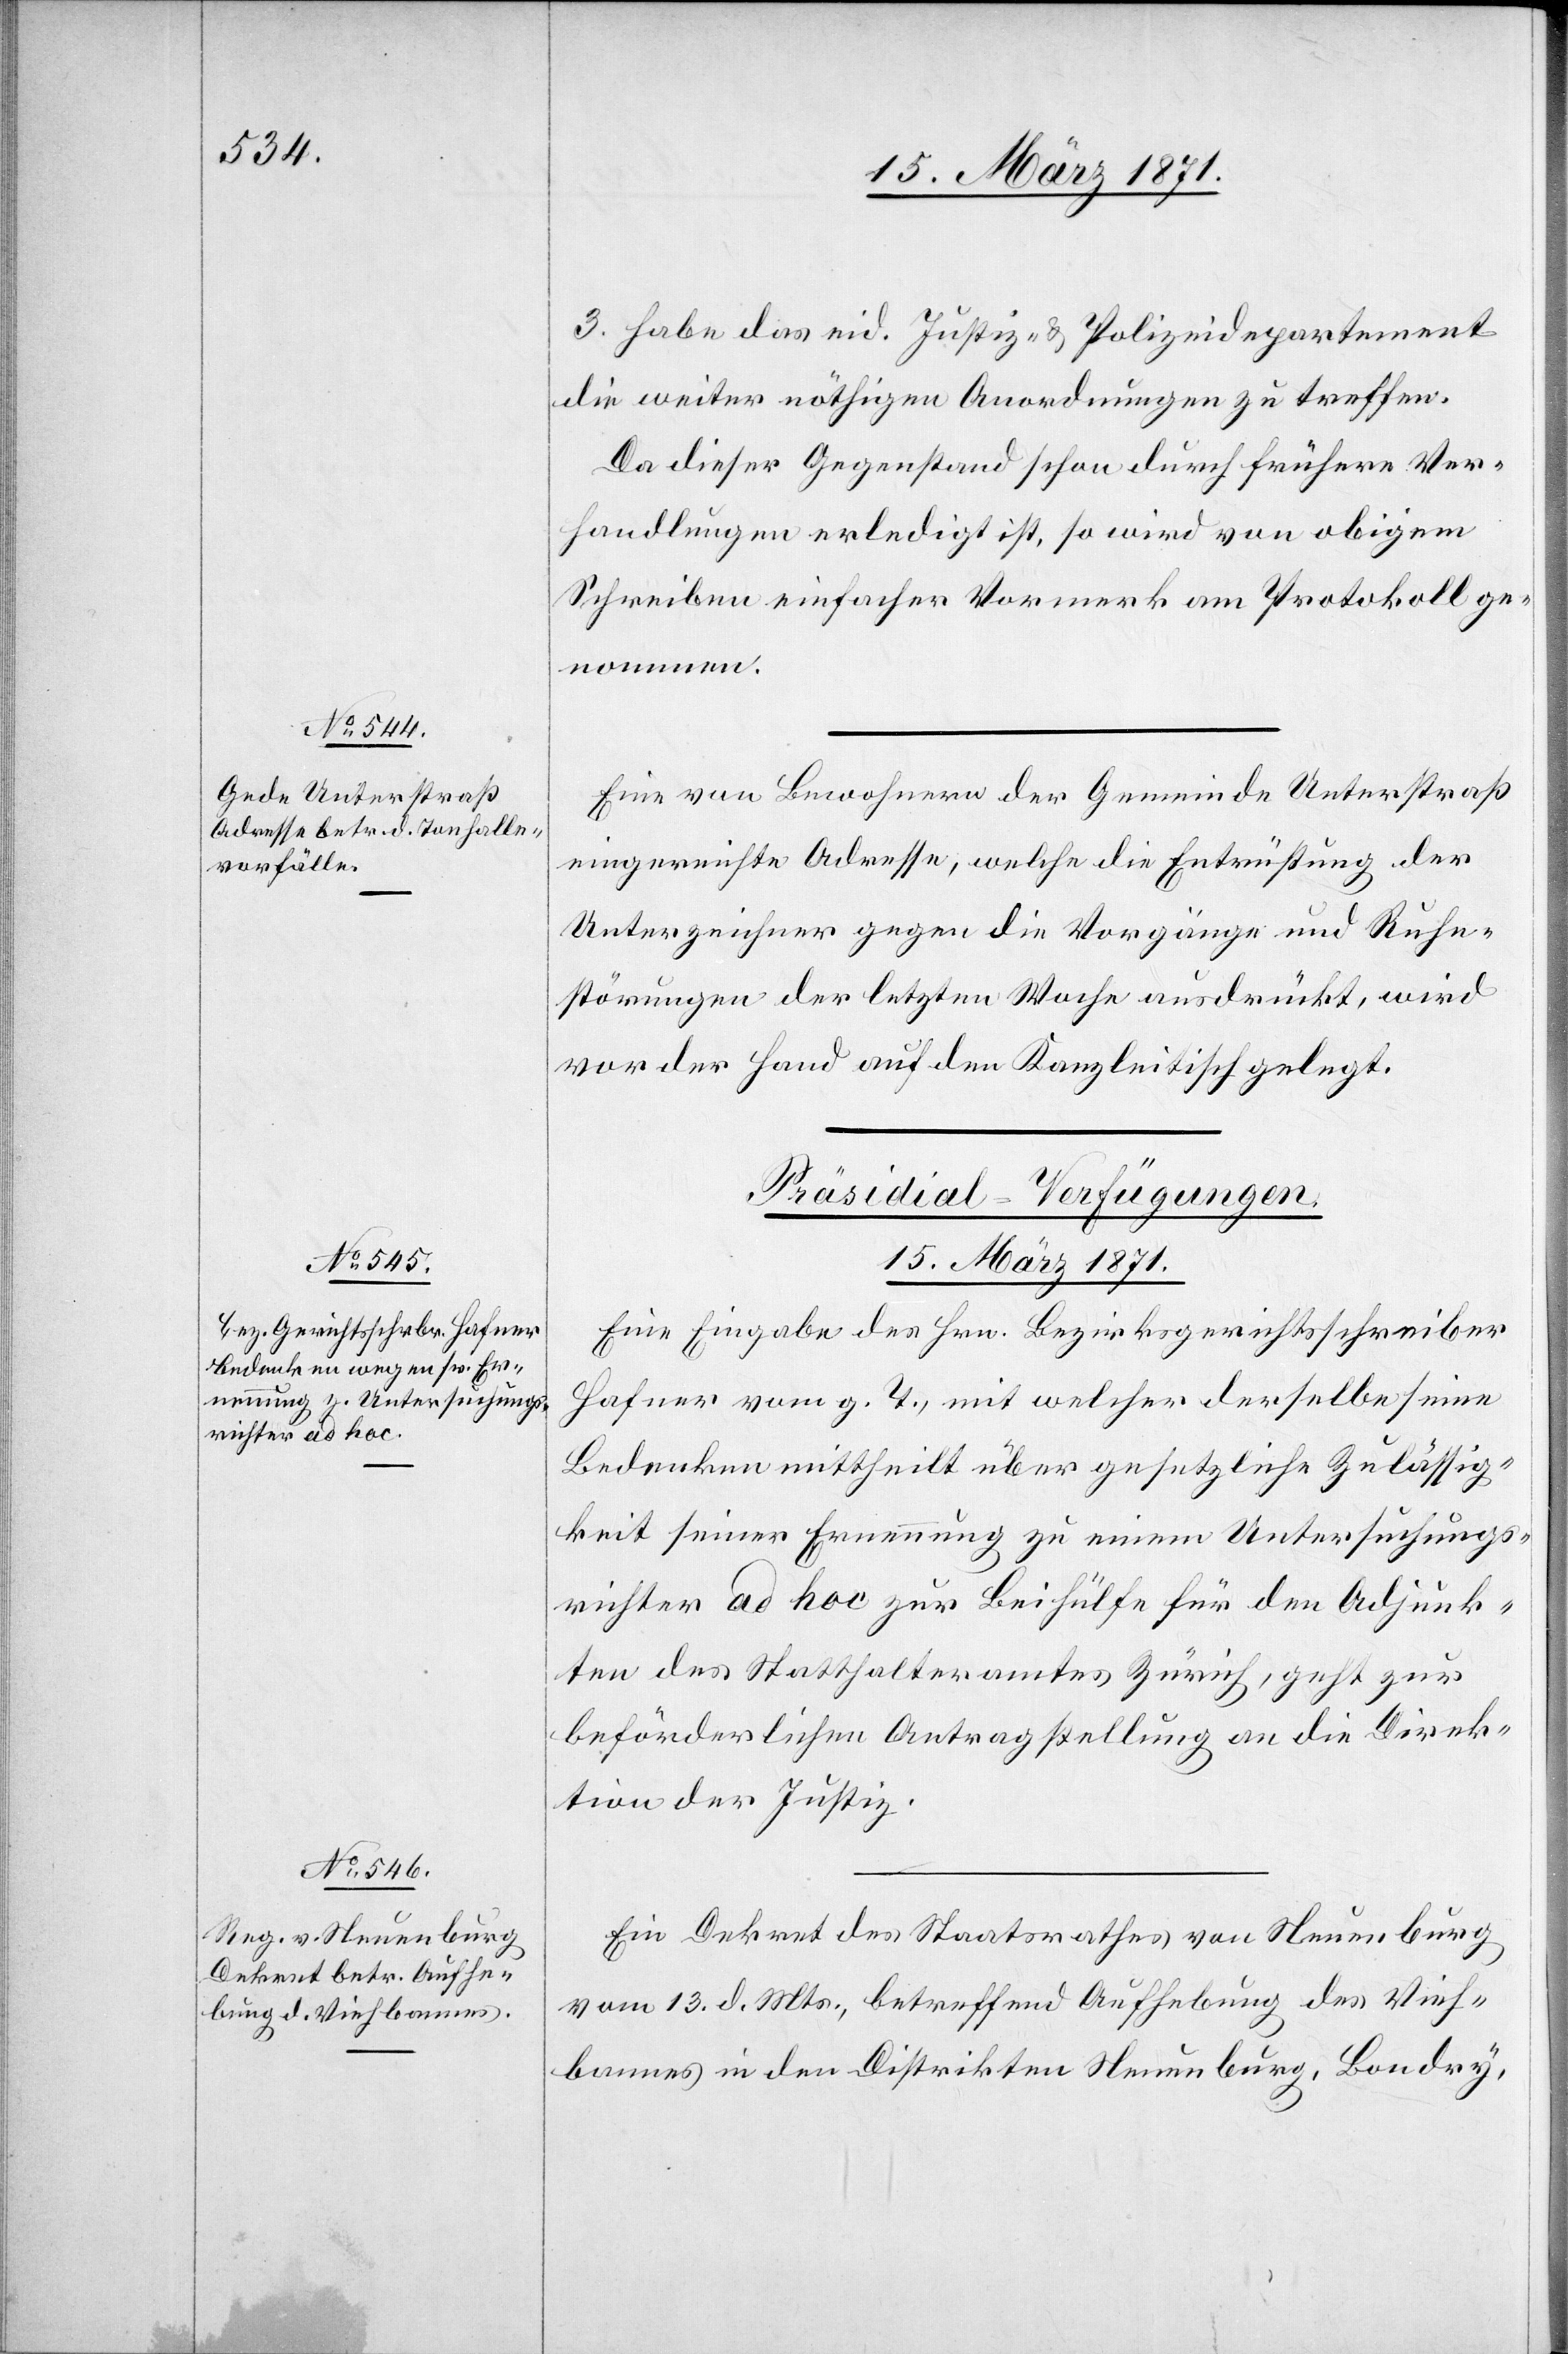
15. März 1871.]
3. Habe das eid. Justiz- u. Polizeidepartement
die weiter nöthigen Anordnungen zu treffen.
Da dieser Gegenstand schon durch frühere Ver¬
handlungen erledigt ist, so wird von obigem
Schreiben einfacher Vormerk am Protokoll ge¬
nommen.
Eine von Bewohnern der Gemeinde Unterstraß
eingereichte Adresse, welche die Entrüstung der
Unterzeichner gegen die Vorgänge und Ruhe¬
störungen der letzten Woche ausdrückt, wird
vor der Hand auf den Kanzleitisch gelegt.
[Präsidial-Verfügungen
15. März 1871.
Eine Eingabe des Hrn. Bezirksgerichtsschreiber
Hafner vom g. T., mit welcher derselbe seine
Bedenken mittheilt über gesetzliche Zulässig¬
keit seiner Ernennung zu einem Untersuchungs¬
richter ad hoc zur Beihülfe für den Adjunk¬
ten des Statthalteramtes Zürich, geht zur
beförderlichen Antragstellung an die Direk¬
tion der Justiz.
Ein Dekret des Staatsrathes von Neuenburg
vom 13. d. Mts., betreffend Aufhebung des Vieh¬
bannes in den Distrikten Neuenburg, Boudry,